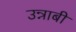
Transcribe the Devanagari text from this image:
उन्नाबी